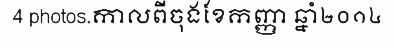
4 photos.កាលពីចុងខែកញ្ញា ឆ្នាំ២០១៤